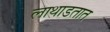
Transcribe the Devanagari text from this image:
लाथाडतात